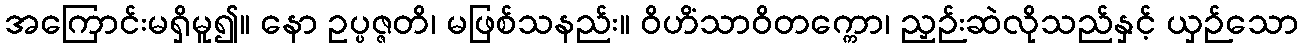
အကြောင်းမရှိမူ၍။ နော ဥပ္ပဇ္ဇတိ၊ မဖြစ်သနည်း။ ဝိဟိံသာဝိတက္ကော၊ ညှဉ်းဆဲလိုသည်နှင့် ယှဉ်သော